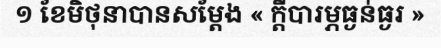
១ ខែមិថុនាបានសម្តែង « ក្តីបារម្ភធ្ងន់ធ្ងរ »